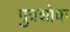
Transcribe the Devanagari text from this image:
पुत्रशोक